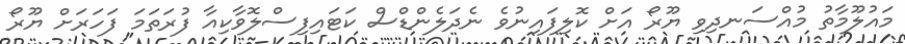
މައުލޫމާތު މުއްސަނދިވި ޔޫރޯ އަށް ކޮލިފައިނުވެ ނެދަލެންޑްސް ކަޓައިފިސްލޮވާކިއާ ފުރަތަމަ ފަހަރަށް ޔޫރޯ